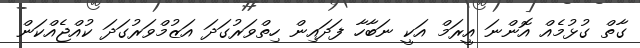
ގާތް ގުޅުމެއް އޮންނަ އީރަމް އަކީ ނަބާހާ ފަދައިން ހިތްވަރުގަދަ އަޒުމްވަރުގަދަ ކުއްޖެއްކަން